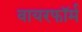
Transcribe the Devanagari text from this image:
वायरफॉर्म